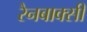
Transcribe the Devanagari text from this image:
रैनबाक्सी